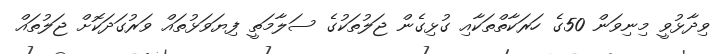
ވިދާޅުވީ މިނިވަން 50ގެ ހަރަކާތްތަކާއި ގުޅިގެން ޖަލުތަކުގެ ސަލާމަތީ ފިޔަވަޅުތައް ވަރުގަދަކޮށް ޖަލުތައް